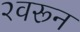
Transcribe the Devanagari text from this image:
२वरून